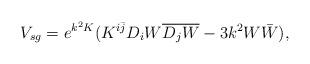
LaTeX: \begin{align*}V_{sg}=e^{k^2 K}( K^{i\bar j}D_{i} W\overline {D_{j} W }-3k^2 W \bar W),\end{align*}